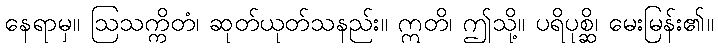
နေရာမှ။ ဩသက္ကိတံ၊ ဆုတ်ယုတ်သနည်း။ ဣတိ၊ ဤသို့။ ပရိပုစ္ဆိ၊ မေးမြန်း၏။